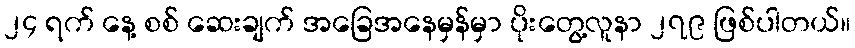
၂၄ ရက် နေ့ စစ် ဆေးချက် အခြေအနေမှန်မှာ ပိုးတွေ့လူနာ ၂၇၉ ဖြစ်ပါတယ်။